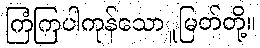
ကြံကြပါကုန်သောူမြတ်တို့။